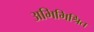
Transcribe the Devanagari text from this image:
अभिमिश्रित